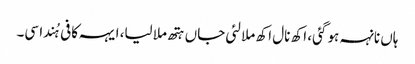
ہاں نانہہ ہو گئی، اکھ نال اکھ ملا لئی جاں ہتھ ملا لیا، ایہہ کافی ہُندا سی۔